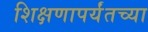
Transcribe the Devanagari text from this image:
शिक्षणापर्यंतच्या